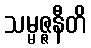
သမ္မဇ္ဇနီတိ